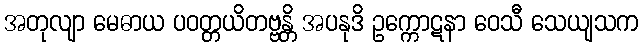
အတုလျာ မေဓာယ ပဝတ္တယိတဗ္ဗန္တိ အပနုဒိ ဥက္ကောဋနာ ဝေသီ သေယျသက